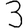
Digit: 3